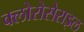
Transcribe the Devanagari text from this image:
क्लोरोसेराइल